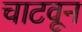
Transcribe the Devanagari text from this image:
चाटवून